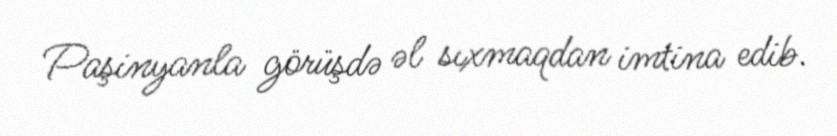
Paşinyanla görüşdə əl sıxmaqdan imtina edib.